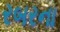
રબરના